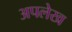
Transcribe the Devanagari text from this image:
अपलेख